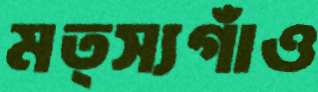
মত্স্যগাঁও